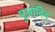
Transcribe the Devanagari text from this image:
मुआबिद